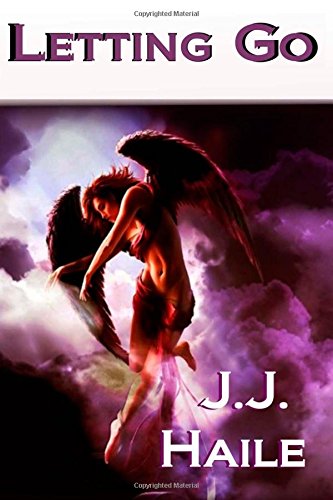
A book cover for Letting Go; J. J. Haile; Christian Books & Bibles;